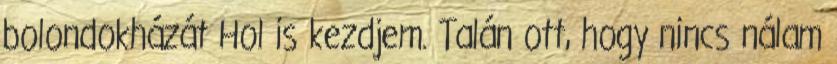
bolondokházát Hol is kezdjem. Talán ott, hogy nincs nálam